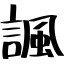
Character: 諷